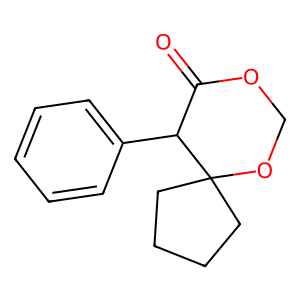
SMILES: O=C1OCOC2(CCCC2)C1c1ccccc1
Inhibits HIV replication: No